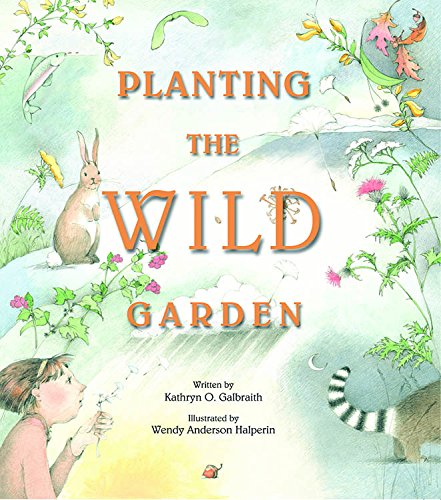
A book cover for Planting the Wild Garden; Kathryn O. Galbraith; Children's Books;